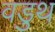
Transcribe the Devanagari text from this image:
वडुथ